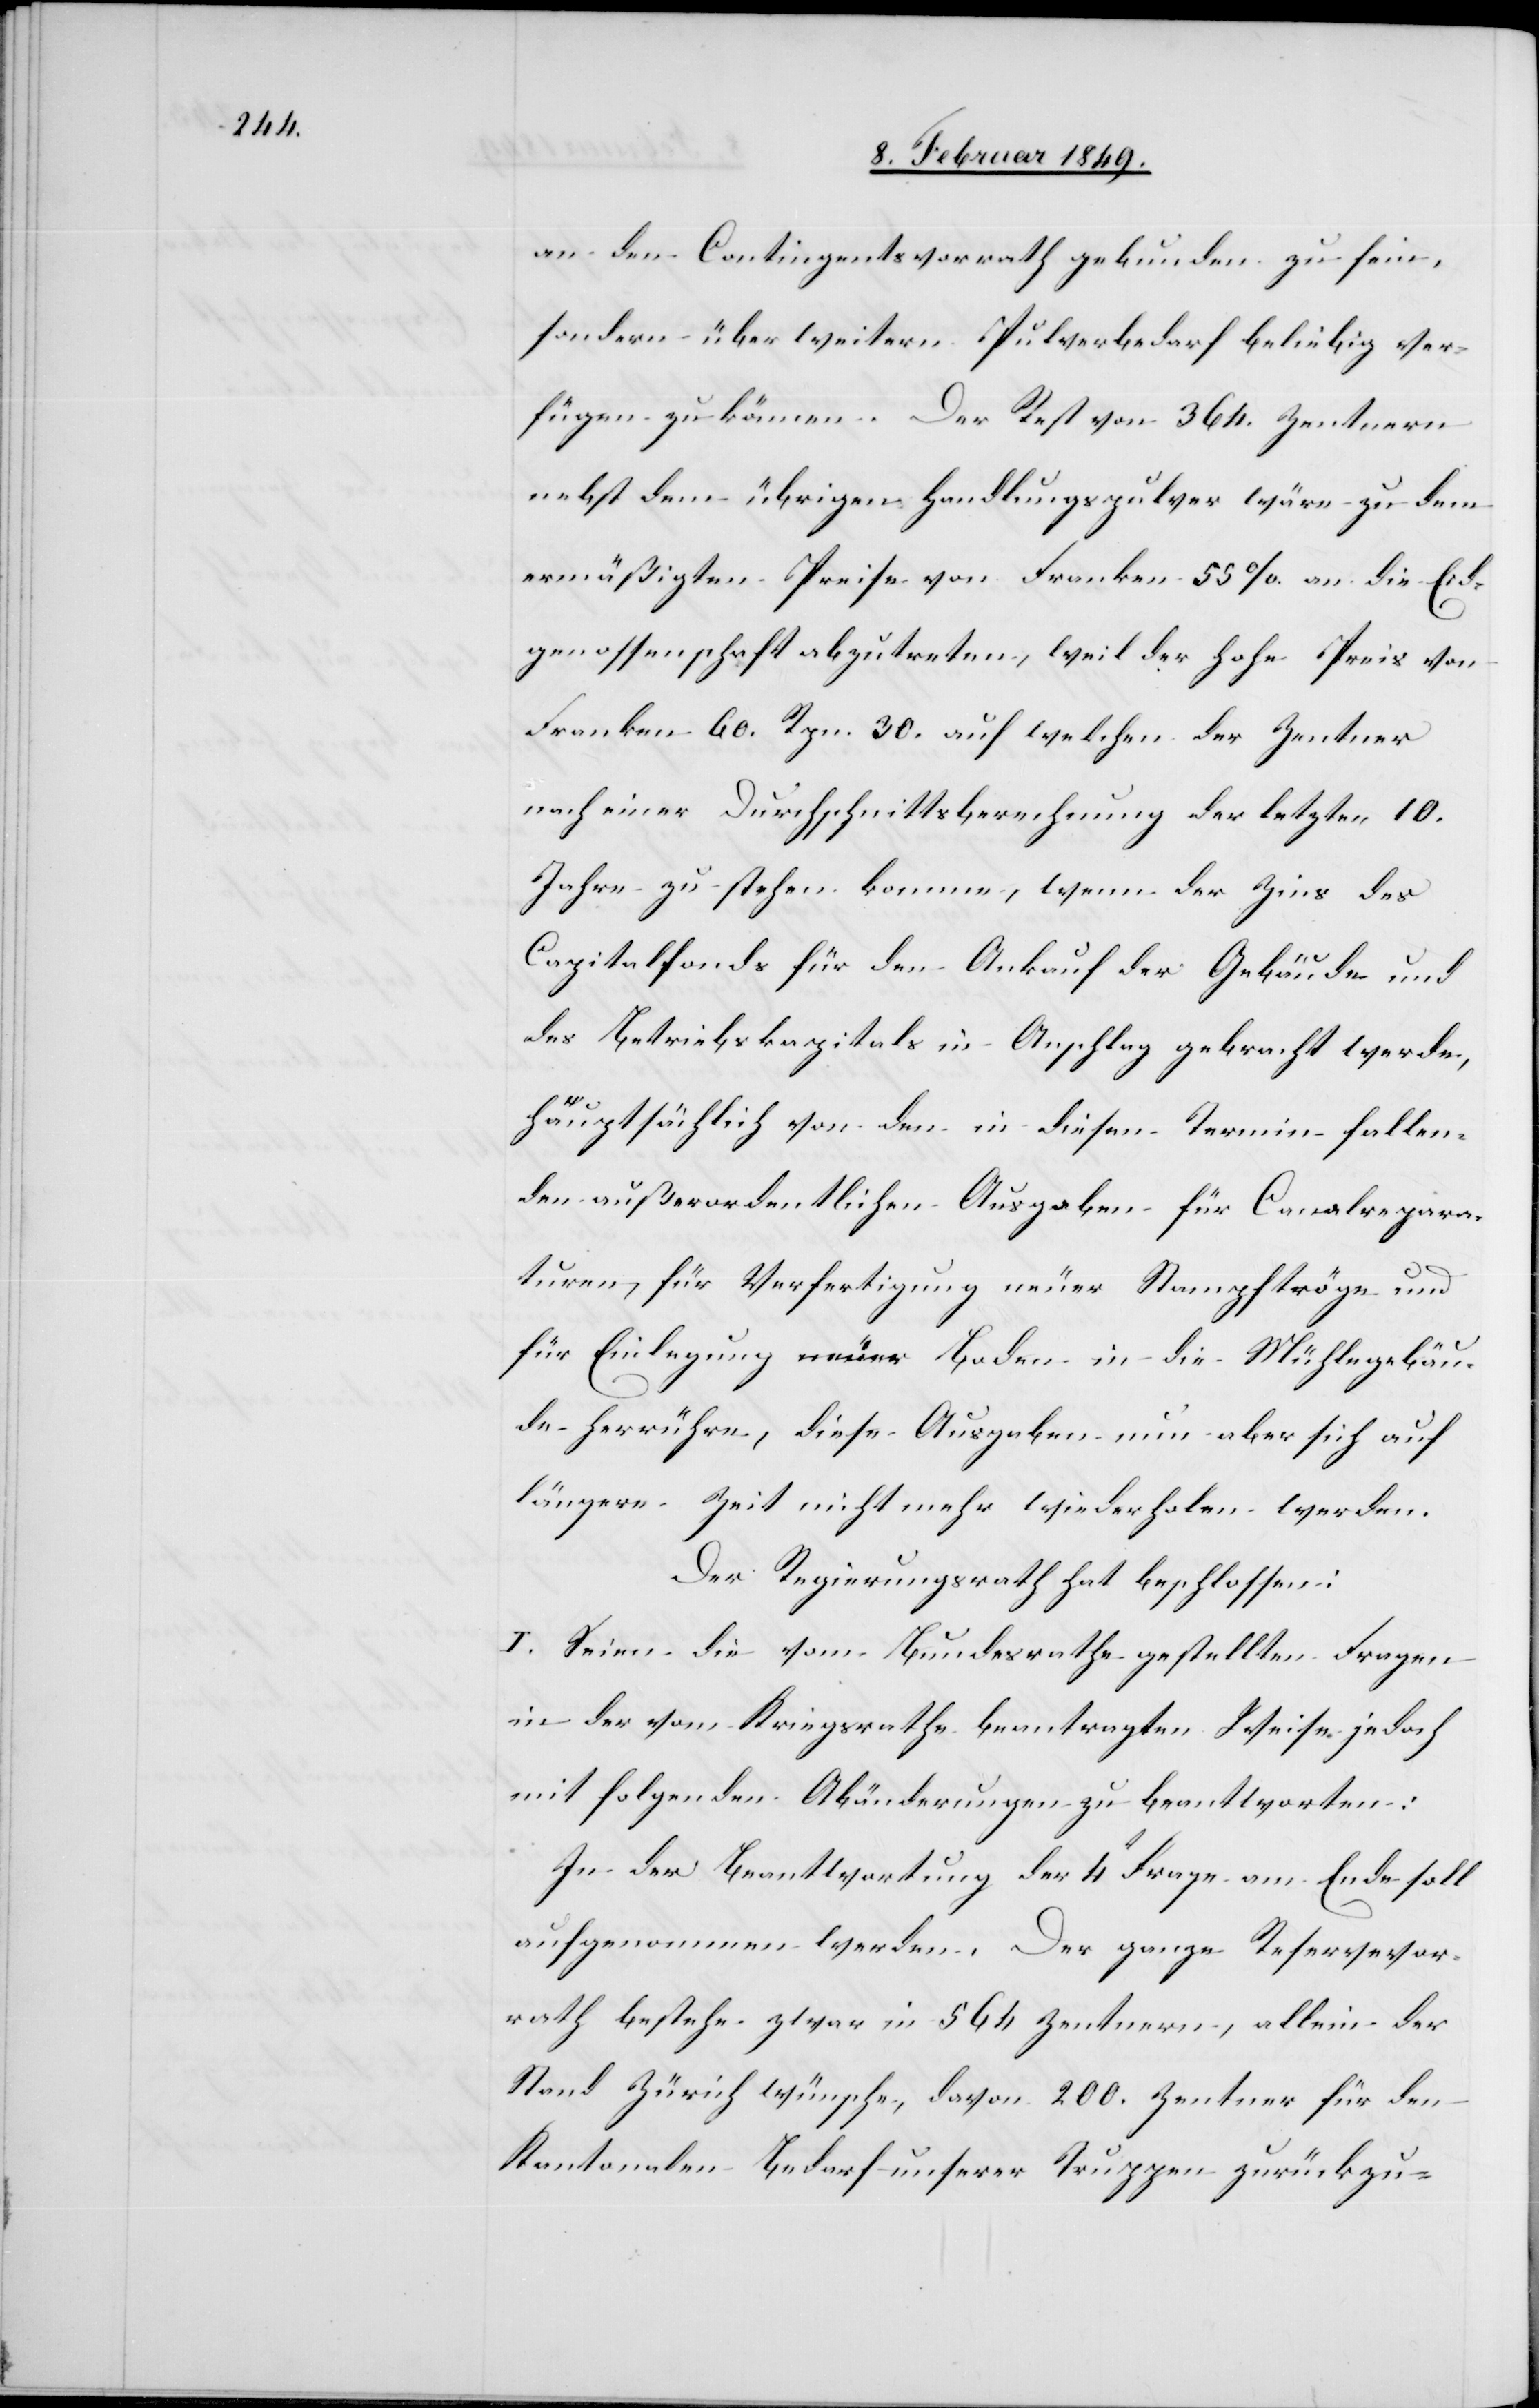
an den Contingentsvorrath gebunden zu sein,
sondern über weitern Pulverbedarf beliebig ver¬
fügen zu können. Der Rest von 364. Zentnern
nebst dem übrigen Handlungspulver wäre zu dem
ermäßigten Preise von Franken 55 %. an die Eid¬
genossenschaft abzutreten, weil der hohe Preis von
Franken 60. Rpn. 30. auf welchen der Zentner
nach einer Durchschnittsberechnung der letzten 10.
Jahre zu stehen komme, wenn der Zins des
Capitalfonds für den Ankauf der Gebäude und
des Betriebskapitals in Anschlag gebracht werden,
hauptsächlich von den in diesen Termin fallen¬
den außerordentlichen Ausgaben für Canalrepara¬
turen für Verfertigung neuer Stampftröge und
für Einlegung neuer Boden in die Mühlegebäu¬
de herrühre, diese Ausgaben nun aber sich auf
längere Zeit nicht mehr wiederholen werden.
Der Regierungsrath hat beschlossen:
I. Seien die vom Bundesrathe gestellten Fragen
in der vom Kriegsrathe beantragten Weise jedoch
mit folgenden Abänderungen zu beantworten:
In der Beantwortung der 4t Frage am Ende soll
aufgenommen werden. Der ganze Reservevor¬
rath bestehe zwar in 564 Zentnern, allein der
Stand Zürich wünsche, davon 200. Zentner für den
Kantonalen Bedarf unserer Truppen zurückzu-